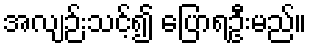
အလျဉ်းသင့်၍ ပြောရဦးမည်။